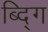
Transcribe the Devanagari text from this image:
ब्द्गि